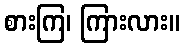
စားကြ၊ ကြားလား။